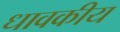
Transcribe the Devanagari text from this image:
धावकीय